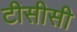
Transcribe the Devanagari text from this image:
टीसीसी